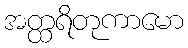
အတ္ထရိတုကာမော